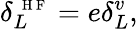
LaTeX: \delta_{L}^{\mathrm{~\scriptsize~H~F~}}=e\delta_{L}^{v},